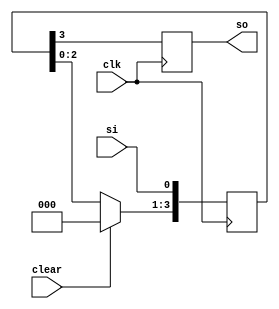
module siso(clk,clear,si,so);
input clk,si,clear;
output so;
reg so;
reg [3:0] tmp;
always @(posedge clk )
begin
if (clear)
tmp <= 4'b0000;
else
tmp <= tmp << 1;
tmp[0] <= si;
so = tmp[3];
end
endmodule